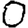
Digit: 0